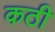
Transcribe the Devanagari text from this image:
कठी